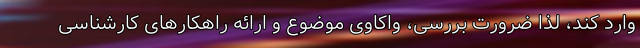
وارد کند، لذا ضرورت بررسی، واکاوی موضوع و ارائه راهکارهای کارشناسی